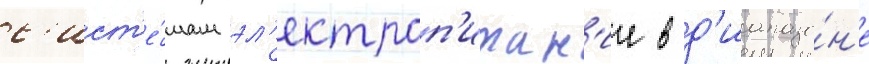
с'ист'е́мам эл'ектроп'итан'ие в д'иапазо́н'е